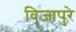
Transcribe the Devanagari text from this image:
विजापुरे